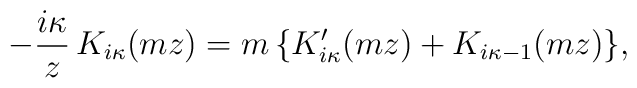
-\frac{i\kappa}{z}\, K_{i\kappa}(mz)=m\,\{K_{i\kappa}'(mz)+K_{i\kappa-1}(mz)\},